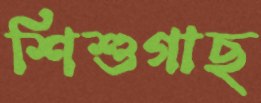
শিশুগাছ